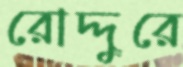
রোদ্দুরে